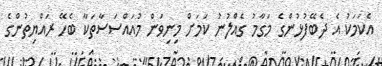
އެކަމަކު އެ ދެބޭފުޅުންގެ މަގާމު ގެއްލުނު ކަމަށް މިނިވަން މުއައްސަސާތަކާ ބެހޭ ރައްޔިތުންގެ